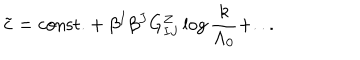
LaTeX: \tilde { c } = \mathrm { c o n s t . } + \beta ^ { I } \beta ^ { J } { G _ { I J } ^ { Z } } \log { { \frac { k } { \Lambda _ { 0 } } } } + . . .